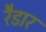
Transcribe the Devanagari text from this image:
रैडार